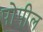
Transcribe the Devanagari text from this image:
पोपील